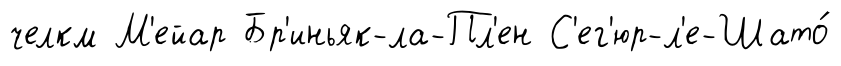
челкм М'ейар Бр'иньяк-ла-Пл'ен С'ег'юр-л'е-Шато́